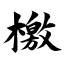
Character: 檄